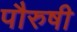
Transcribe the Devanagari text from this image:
पौरुषी